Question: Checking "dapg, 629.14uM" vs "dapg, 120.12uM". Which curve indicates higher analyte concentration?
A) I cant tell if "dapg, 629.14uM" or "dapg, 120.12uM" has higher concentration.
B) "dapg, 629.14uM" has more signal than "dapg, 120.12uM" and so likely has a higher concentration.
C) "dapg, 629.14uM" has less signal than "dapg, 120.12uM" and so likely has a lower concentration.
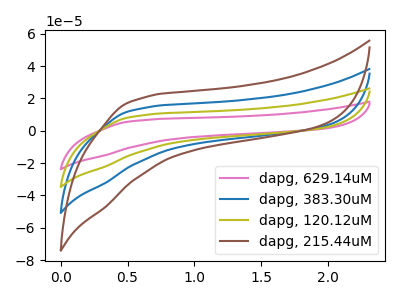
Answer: <think>The pink curve "dapg, 629.14uM" has no peaks. The blue curve "dapg, 383.30uM" has no peaks. The olive curve "dapg, 120.12uM" has no peaks. The brown curve "dapg, 215.44uM" has no peaks.
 Neither "dapg, 629.14uM" or "dapg, 120.12uM" have any peaks.</think>
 <answer>A) I cant tell if "dapg, 629.14uM" or "dapg, 120.12uM" has higher concentration.</answer>
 <eval>A</eval>